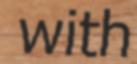
with